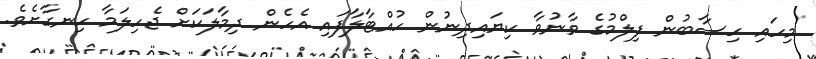
މިހައި ހިސާބުން ފިލްމުގެ ވާނުވާ ކިޔައިދިނުން ހުއްޓާލާފައި އެހެން ދިމާލަކަށް ޖެހިލަމާ ހިނގާށެވެ.